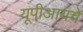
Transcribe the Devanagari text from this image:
यूपीआयचे